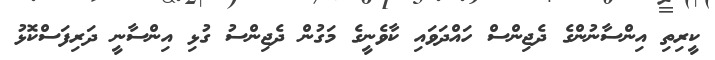
ކީރިތި އިންސާނުންގެ ދެޖިންސް ހައްދަވައި ކާވެނީގެ މަގުން ދެޖިންސު ގުޅި އިންސާނީ ދަރިފަސްކޮޅު